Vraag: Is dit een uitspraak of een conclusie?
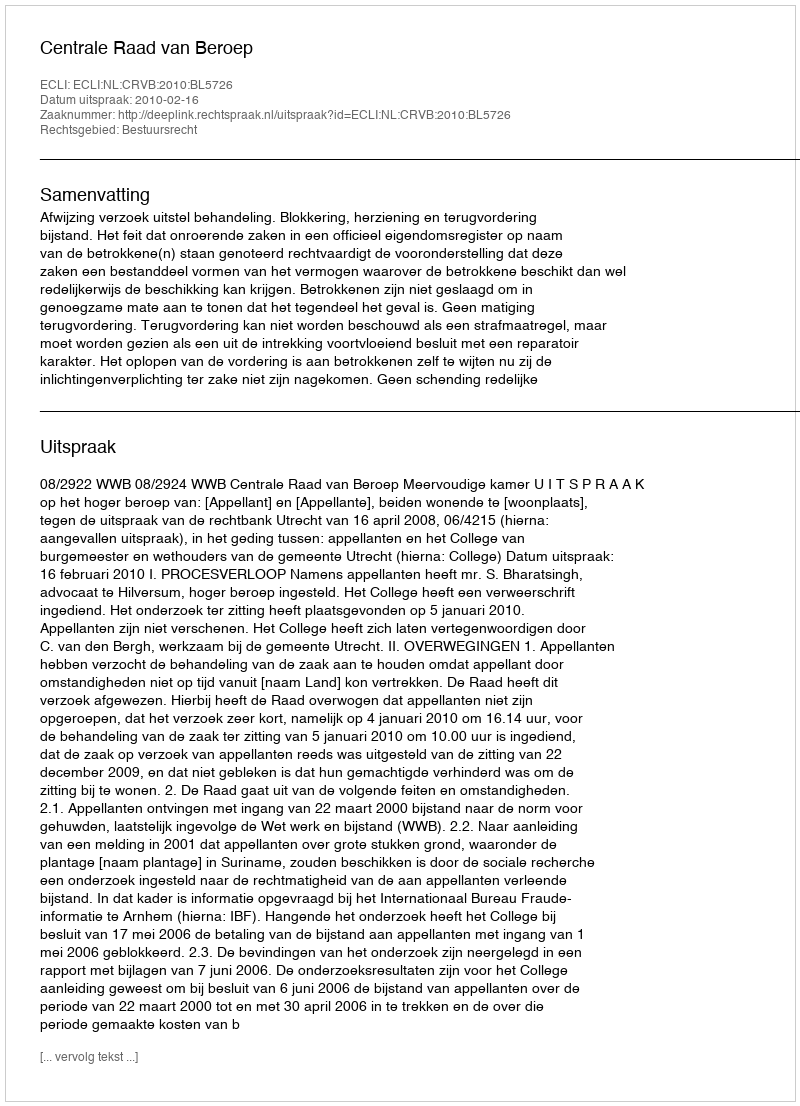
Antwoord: Uitspraak